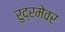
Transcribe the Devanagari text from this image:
रुद्रमेवर